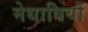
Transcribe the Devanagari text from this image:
मेधावियों